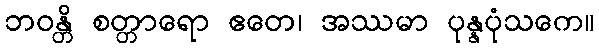
ဘဝန္တိ စတ္တာရော ဧတေ၊ အဿမာ ပုန္နပုံသကေ။